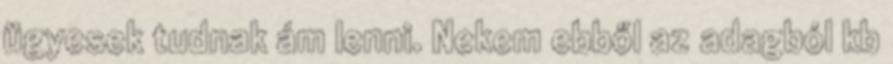
ügyesek tudnak ám lenni. Nekem ebből az adagból kb